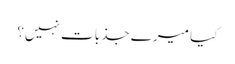
کیا میرے جذبات نہیں؟